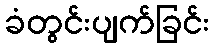
ခံတွင်းပျက်ခြင်း